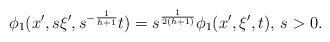
LaTeX: \begin{align*}\phi_1(x',s\xi',s^{-\frac{1}{h+1}}t)=s^{\frac{1}{2(h+1)}} \phi_1(x',\xi',t),\,s>0.\end{align*}